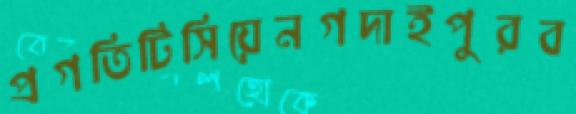
প্রগতিটিসিয়েনগদাইপুরব